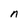
Character: n